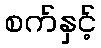
စက်နှင့်